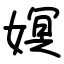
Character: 嫇